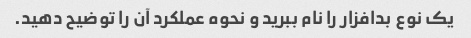
یک نوع بدافزار را نام ببرید و نحوه عملکرد آن را توضیح دهید.